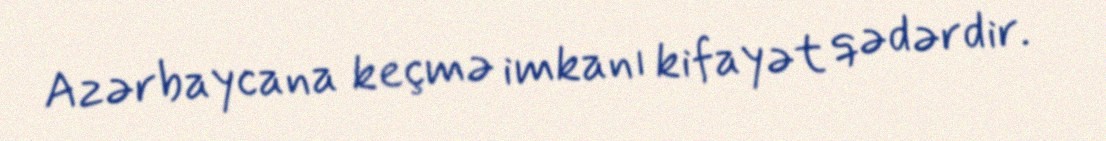
Azərbaycana keçmə imkanı kifayət qədərdir.